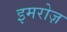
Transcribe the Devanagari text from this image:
इमरोज़